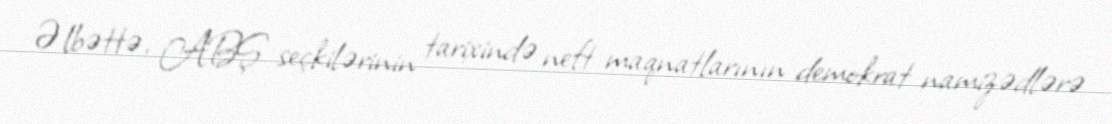
Əlbəttə, ABŞ seçkilərinin tarixində neft maqnatlarının demokrat namizədlərə